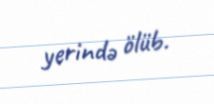
yerində ölüb.